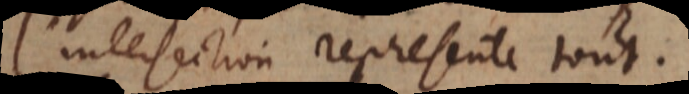
l’intersection represente tout.